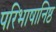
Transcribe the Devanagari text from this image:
परिभाषानिष्ठ